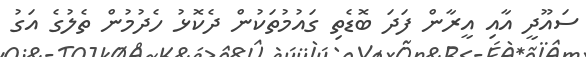
ސައޫދީ އާއި އީރާން ފަދަ ބޮޑެތި ގައުމުތަކުން ދެކޮޅު ހެދުމުން ތެލުގެ އަގު